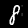
Label: 8